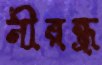
নীরন্ধ্র